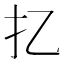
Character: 𢩧